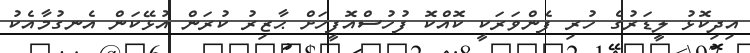
އިދިކޮޅު ލީޑަރުގެ ހުރި ފެންވަރަކީ ކޮއްކޮ ފުހުސްއޮފީހަށް ޙާޒިރު ކުރަން އުޅޭކަން އެނގުމާއެކު